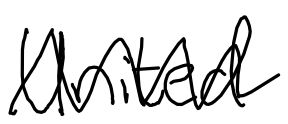
Text: United
Cross-out: zig-zag
Writing tool: digital_black